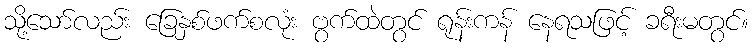
သို့သော်လည်း ခြေနှစ်ဖက်စလုံး ဗွက်ထဲတွင် ရုန်းကန် နေရသဖြင့် ခရီးမတွင်။